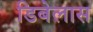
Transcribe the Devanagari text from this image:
डिबेलास